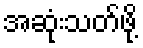
အဆုံးသတ်ဖို့